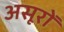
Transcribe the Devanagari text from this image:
असूरों